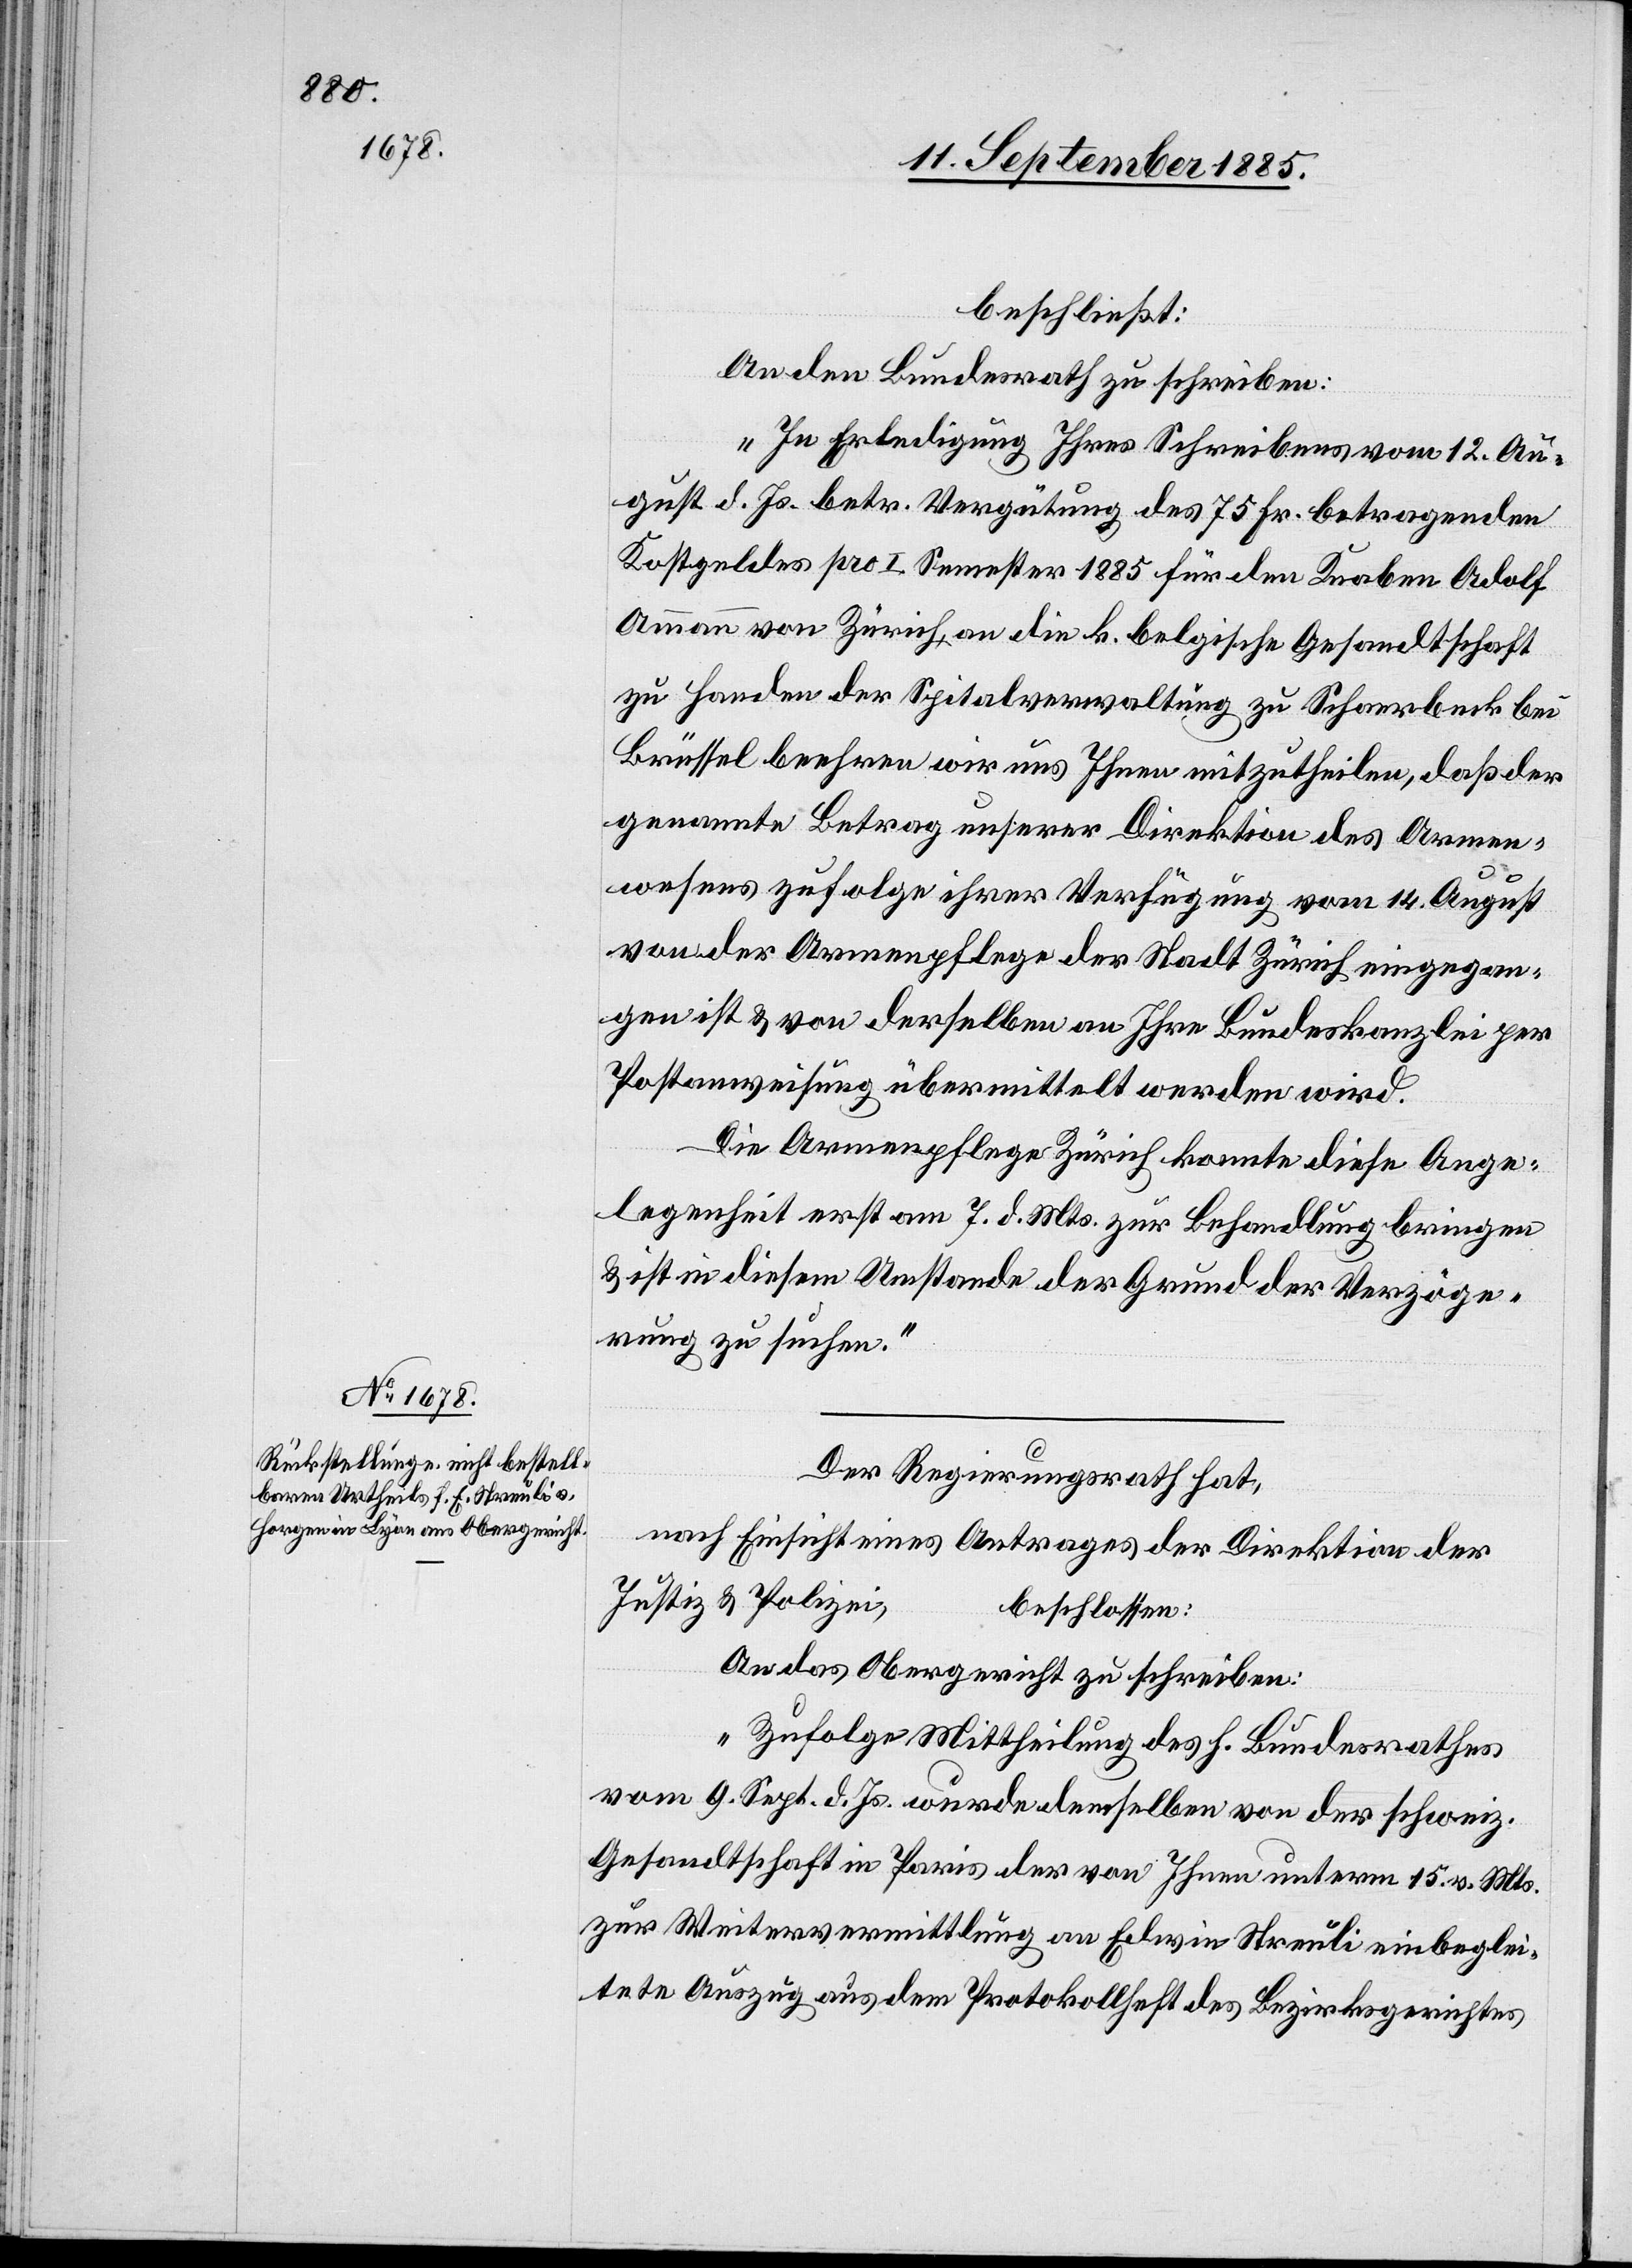
12. September 1885.]
beschließt:
An den Bundesrath zu schreiben:
„In Erledigung Ihres Schreibens vom 12. Au¬
gust d. Js. betr. Vergütung des 75 Fr. betragenden
Kostgeldes pro I. Semester 1885 für den Knaben Adolf
Ammann von Zürich, an die k. belgische Gesandtschaft
zu Handen der Spitalverwaltung zu Schaerbeck bei
Brüssel beehren wir uns Ihnen mitzutheilen, daß der
genannte Betrag unserer Direktion des Armen¬
wesens zufolge ihrer Verfügung vom 14. August
von der Armenpflege der Stadt Zürich eingegan¬
gen ist & von derselben an Ihre Bundeskanzlei per
Postanweisung übermittelt werden wird.
Die Armenpflege Zürich konnte diese Ange¬
legenheit erst am 7. d. Mts. zur Behandlung bringen
& ist in diesem Umstande der Grund der Verzöge¬
rung zu suchen.“
Der Regierungsrath hat,
nach Einsicht eines Antrages der Direktion der
Justiz & Polizei,
beschlossen:
An das Obergericht zu schreiben:
„Zufolge Mittheilung des h. Bundesrathes
vom 9. Sept. d. Js. wurde demselben von der schweiz.
Gesandtschaft in Paris der von Ihnen unterm 15. v. Mts.
zur Weitervermittlung an Edwin Streuli einbeglei¬
tete Auszug aus dem Protokollheft des Bezirksgerichtes